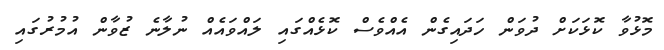
މޮޅުވާ ކޮޅަކަށް ދުވަން ހަދައިގެން އެއްވެސް ކޮޅެއްގައި ލައްވައެއް ނުލާނެ ޒުވާން އުމުރުގައި